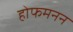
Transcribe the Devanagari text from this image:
होफमनन